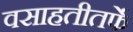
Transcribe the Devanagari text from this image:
वसाहतीतर्फे